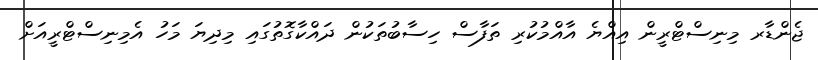
ޖެންޑާރ މިނިސްޓްރީން އިއްޔެ އާއްމުކުރި ތަފާސް ހިސާބުތަކުން ދައްކާގޮތުގައި މިދިޔަ މަހު އެމިނިސްޓްރީއަށް